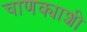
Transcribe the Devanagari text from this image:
चाणक्याशी